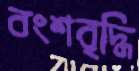
বংশবৃদ্ধি